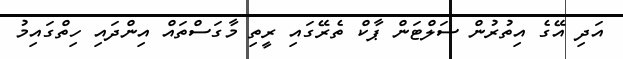
އަދި އޭގެ އިތުރުން ސަލްޓަން ޕާކް ތެރޭގައި ރީތި މާގަސްތައް އިންދައި ހިތްގައިމު